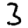
Digit: 3